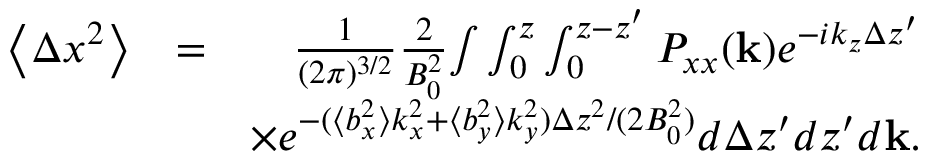
\begin{array} { r l r } { \left\langle \Delta x ^ { 2 } \right\rangle } & { = } & { \frac { 1 } { ( 2 \pi ) ^ { 3 / 2 } } \frac { 2 } { B _ { 0 } ^ { 2 } } { \int } \int _ { 0 } ^ { z } \int _ { 0 } ^ { z - { z } ^ { \prime } } P _ { x x } ( \mathbf { k } ) e ^ { - i k _ { z } \Delta z ^ { \prime } } } \\ & { } & { \times e ^ { - ( \langle b _ { x } ^ { 2 } \rangle k _ { x } ^ { 2 } + \langle b _ { y } ^ { 2 } \rangle k _ { y } ^ { 2 } ) \Delta z ^ { 2 } / ( 2 B _ { 0 } ^ { 2 } ) } d \Delta z ^ { \prime } d { z } ^ { \prime } d \mathbf { k } . } \end{array}